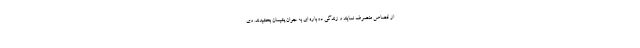
از قصاص منصرف نمایند و زندگی دوباره ای به جوان پشیمان بخشیدند. وی